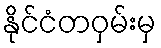
နိုင်ငံတဝှမ်းမှ